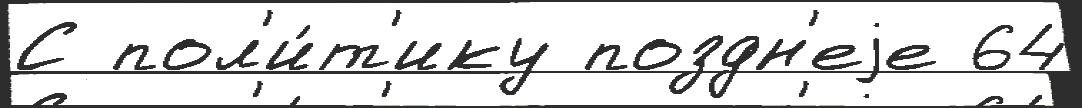
С пол'и́т'ику поздн'еjе 64